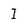
Character: I